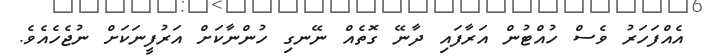
އެއްފަހަރު ވެސް ހުއްޓުން އަރާފައި ދާނޭ ގޮތެއް ނޭނގި ހުންނާކަށް އަރުފީނަކަށް ނުޖެހެއެވެ.